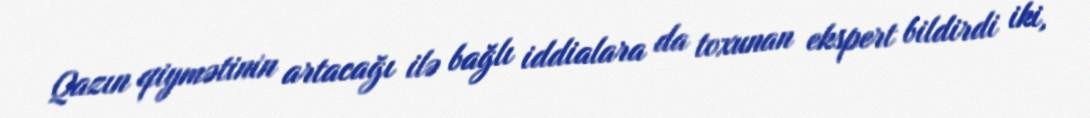
Qazın qiymətinin artacağı ilə bağlı iddialara da toxunan ekspert bildirdi iki,